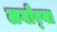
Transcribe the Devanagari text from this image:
लगोर्‍या